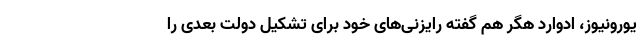
یورونیوز، ادوارد هگر هم گفته رایزنی‌های خود برای تشکیل دولت بعدی را